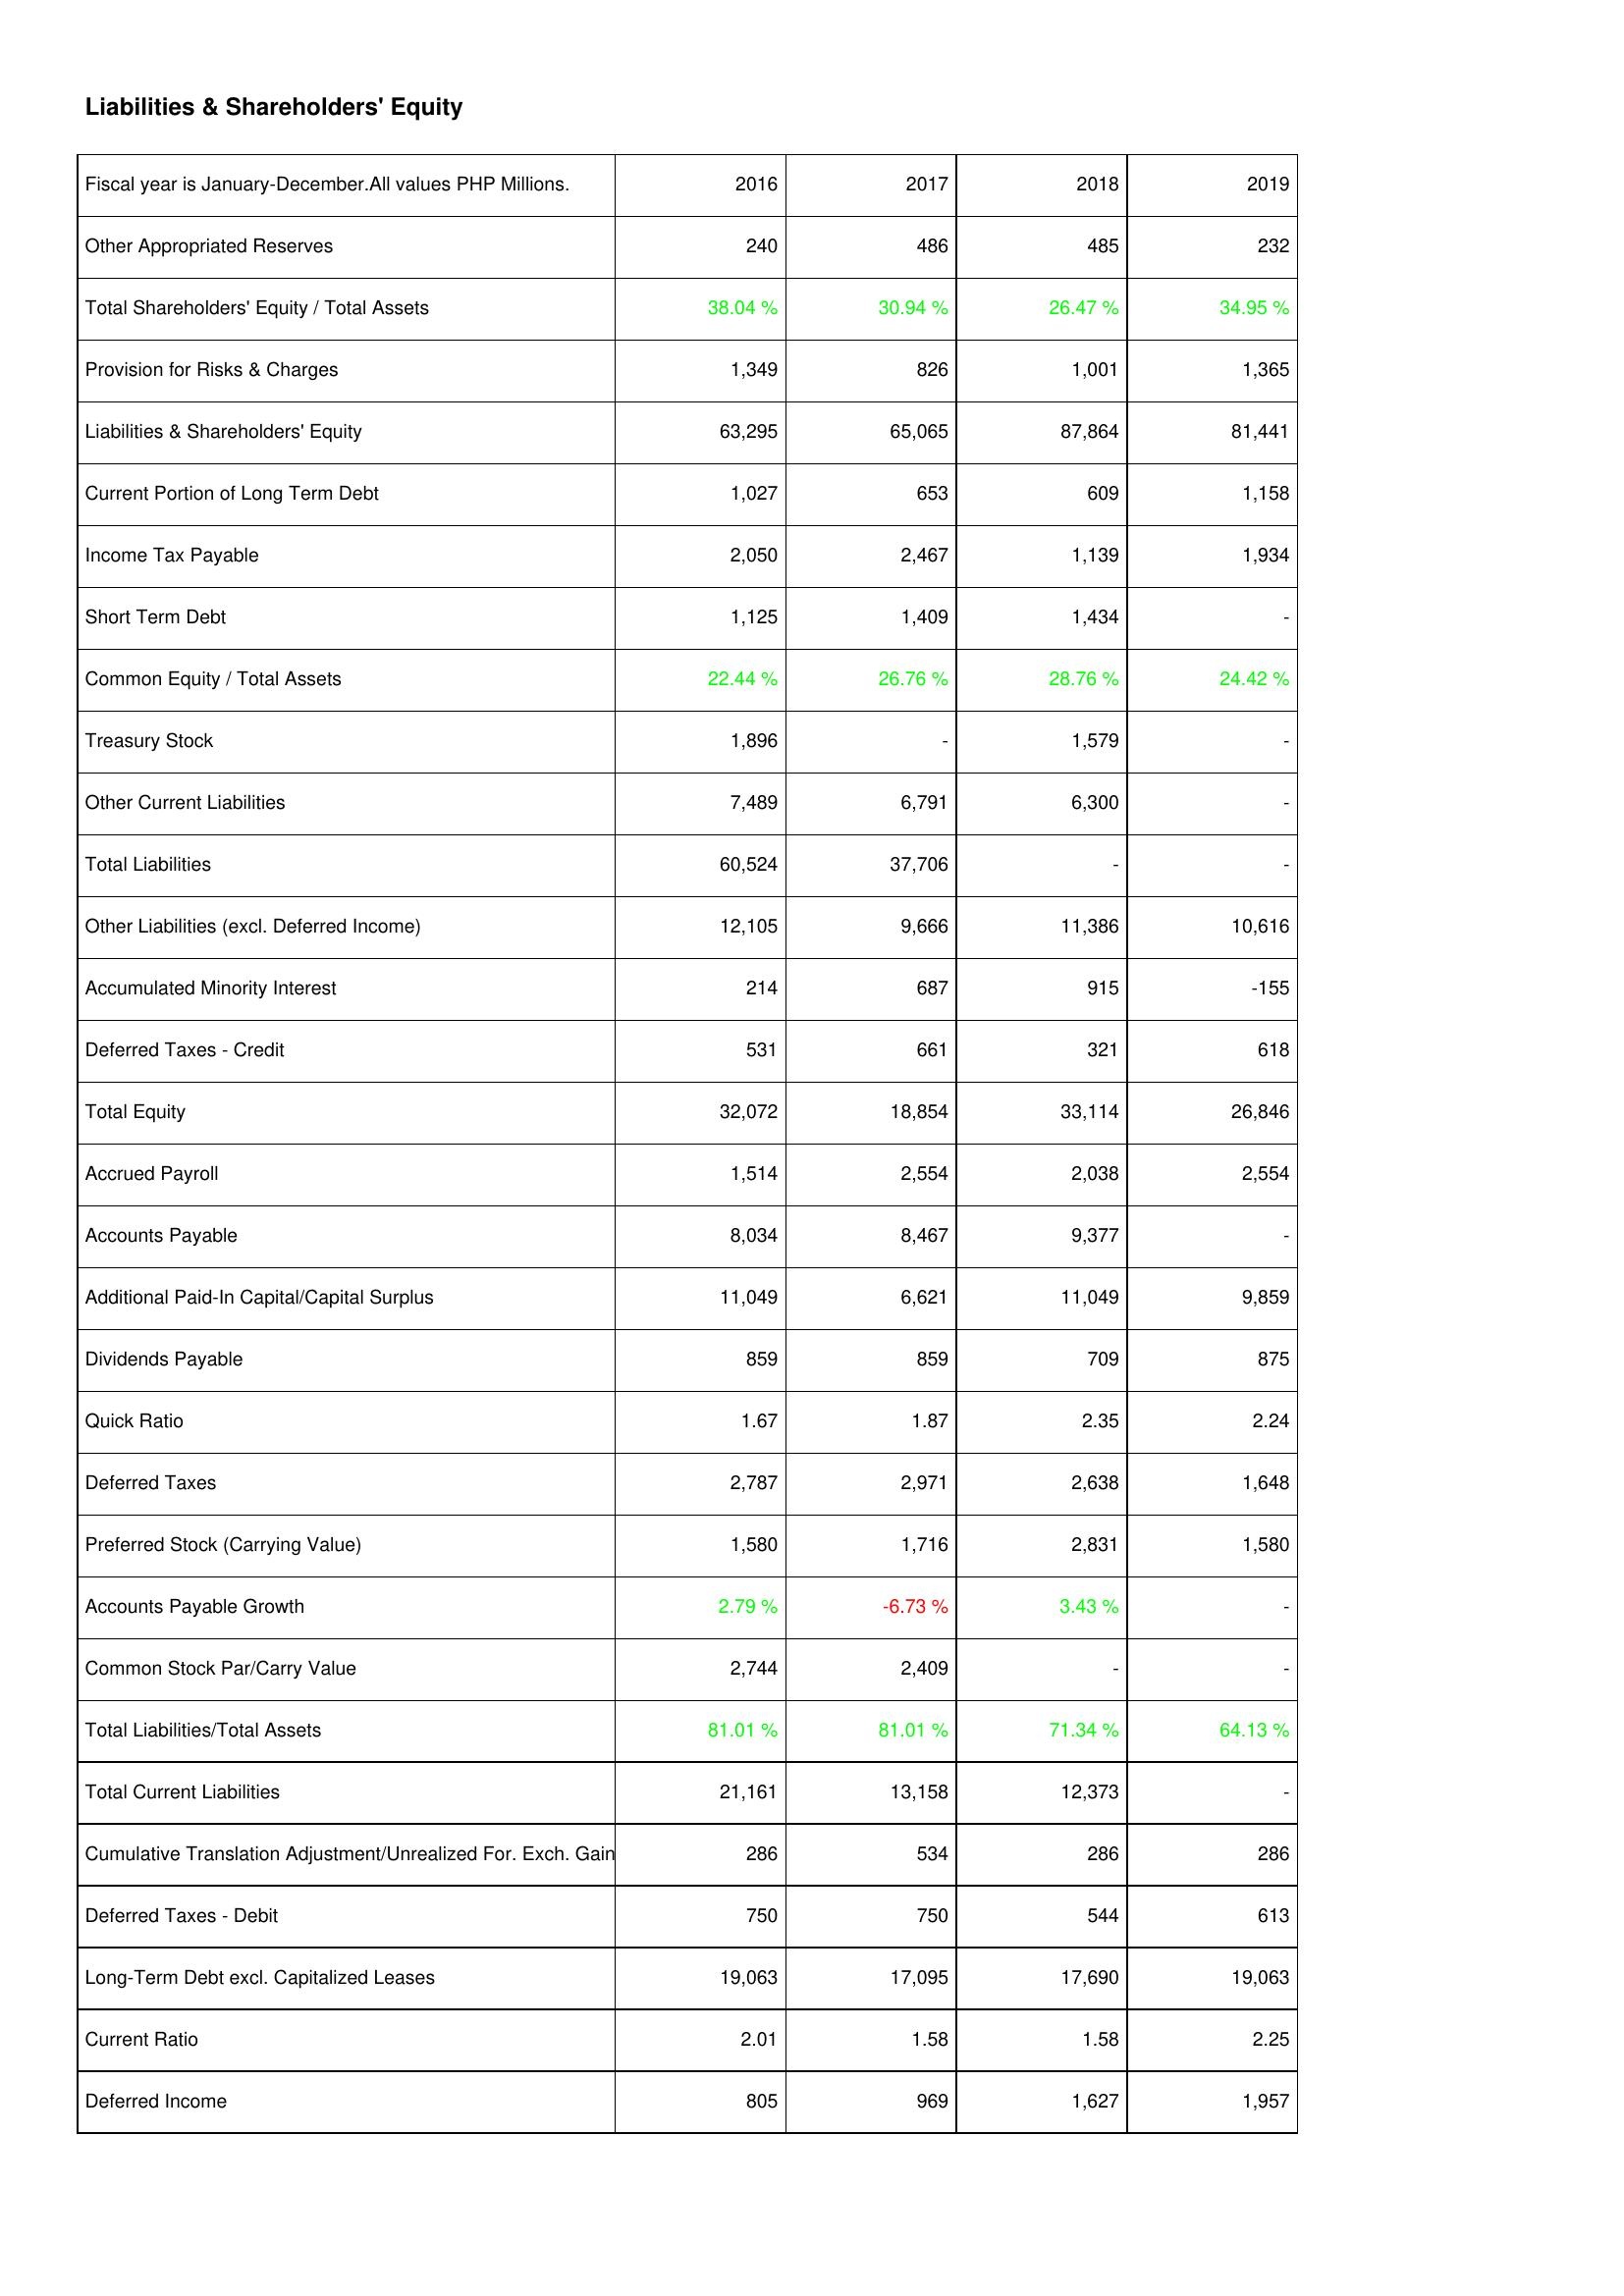
2016: Liabilities & Shareholders' Equity: Other Appropriated Reserves: 240
Total Shareholders' Equity / Total Assets: 38.04 %
Provision for Risks & Charges: 1,349
Liabilities & Shareholders' Equity: 63,295
Current Portion of Long Term Debt: 1,027
Income Tax Payable: 2,050
Short Term Debt: 1,125
Common Equity / Total Assets: 22.44 %
Treasury Stock: 1,896
Other Current Liabilities: 7,489
Total Liabilities: 60,524
Other Liabilities (excl. Deferred Income): 12,105
Accumulated Minority Interest: 214
Deferred Taxes - Credit: 531
Total Equity: 32,072
Accrued Payroll: 1,514
Accounts Payable: 8,034
Additional Paid-In Capital/Capital Surplus: 11,049
Dividends Payable: 859
Quick Ratio: 1.67
Deferred Taxes: 2,787
Preferred Stock (Carrying Value): 1,580
Accounts Payable Growth: 2.79 %
Common Stock Par/Carry Value: 2,744
Total Liabilities/Total Assets: 81.01 %
Total Current Liabilities: 21,161
Cumulative Translation Adjustment/Unrealized For. Exch. Gain: 286
Deferred Taxes - Debit: 750
Long-Term Debt excl. Capitalized Leases: 19,063
Current Ratio: 2.01
Deferred Income: 805
2017: Liabilities & Shareholders' Equity: Other Appropriated Reserves: 486
Total Shareholders' Equity / Total Assets: 30.94 %
Provision for Risks & Charges: 826
Liabilities & Shareholders' Equity: 65,065
Current Portion of Long Term Debt: 653
Income Tax Payable: 2,467
Short Term Debt: 1,409
Common Equity / Total Assets: 26.76 %
Treasury Stock: -
Other Current Liabilities: 6,791
Total Liabilities: 37,706
Other Liabilities (excl. Deferred Income): 9,666
Accumulated Minority Interest: 687
Deferred Taxes - Credit: 661
Total Equity: 18,854
Accrued Payroll: 2,554
Accounts Payable: 8,467
Additional Paid-In Capital/Capital Surplus: 6,621
Dividends Payable: 859
Quick Ratio: 1.87
Deferred Taxes: 2,971
Preferred Stock (Carrying Value): 1,716
Accounts Payable Growth: -6.73 %
Common Stock Par/Carry Value: 2,409
Total Liabilities/Total Assets: 81.01 %
Total Current Liabilities: 13,158
Cumulative Translation Adjustment/Unrealized For. Exch. Gain: 534
Deferred Taxes - Debit: 750
Long-Term Debt excl. Capitalized Leases: 17,095
Current Ratio: 1.58
Deferred Income: 969
2018: Liabilities & Shareholders' Equity: Other Appropriated Reserves: 485
Total Shareholders' Equity / Total Assets: 26.47 %
Provision for Risks & Charges: 1,001
Liabilities & Shareholders' Equity: 87,864
Current Portion of Long Term Debt: 609
Income Tax Payable: 1,139
Short Term Debt: 1,434
Common Equity / Total Assets: 28.76 %
Treasury Stock: 1,579
Other Current Liabilities: 6,300
Total Liabilities: -
Other Liabilities (excl. Deferred Income): 11,386
Accumulated Minority Interest: 915
Deferred Taxes - Credit: 321
Total Equity: 33,114
Accrued Payroll: 2,038
Accounts Payable: 9,377
Additional Paid-In Capital/Capital Surplus: 11,049
Dividends Payable: 709
Quick Ratio: 2.35
Deferred Taxes: 2,638
Preferred Stock (Carrying Value): 2,831
Accounts Payable Growth: 3.43 %
Common Stock Par/Carry Value: -
Total Liabilities/Total Assets: 71.34 %
Total Current Liabilities: 12,373
Cumulative Translation Adjustment/Unrealized For. Exch. Gain: 286
Deferred Taxes - Debit: 544
Long-Term Debt excl. Capitalized Leases: 17,690
Current Ratio: 1.58
Deferred Income: 1,627
2019: Liabilities & Shareholders' Equity: Other Appropriated Reserves: 232
Total Shareholders' Equity / Total Assets: 34.95 %
Provision for Risks & Charges: 1,365
Liabilities & Shareholders' Equity: 81,441
Current Portion of Long Term Debt: 1,158
Income Tax Payable: 1,934
Short Term Debt: -
Common Equity / Total Assets: 24.42 %
Treasury Stock: -
Other Current Liabilities: -
Total Liabilities: -
Other Liabilities (excl. Deferred Income): 10,616
Accumulated Minority Interest: -155
Deferred Taxes - Credit: 618
Total Equity: 26,846
Accrued Payroll: 2,554
Accounts Payable: -
Additional Paid-In Capital/Capital Surplus: 9,859
Dividends Payable: 875
Quick Ratio: 2.24
Deferred Taxes: 1,648
Preferred Stock (Carrying Value): 1,580
Accounts Payable Growth: -
Common Stock Par/Carry Value: -
Total Liabilities/Total Assets: 64.13 %
Total Current Liabilities: -
Cumulative Translation Adjustment/Unrealized For. Exch. Gain: 286
Deferred Taxes - Debit: 613
Long-Term Debt excl. Capitalized Leases: 19,063
Current Ratio: 2.25
Deferred Income: 1,957